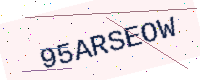
Text: 95ARSEOW